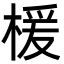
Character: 楥